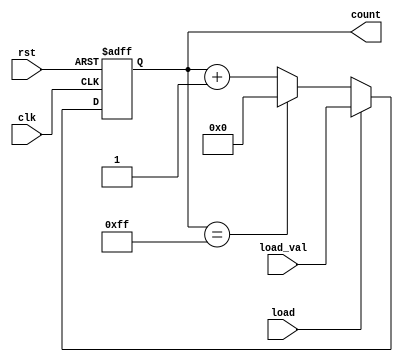
module loadable_counter (
    input wire clk,            // Clock signal
    input wire rst,            // Reset signal (active high)
    input wire load,           // Load signal (active high)
    input wire [7:0] load_val, // Value to load into the counter
    output reg [7:0] count     // Current count value
);

    // Define the maximum and minimum values for the counter
    localparam MAX_COUNT = 8'd255; // Maximum value for an 8-bit counter
    localparam MIN_COUNT = 8'd0;   // Minimum value for the counter

    // Synchronous process for counting and loading
    always @(posedge clk or posedge rst) begin
        if (rst) begin
            // Reset the counter to the minimum value
            count <= MIN_COUNT;
        end else if (load) begin
            // Load the counter with the specified value
            count <= load_val;
        end else begin
            // Increment the counter and wrap around if necessary
            if (count == MAX_COUNT) begin
                count <= MIN_COUNT; // Wrap around to minimum
            end else begin
                count <= count + 1; // Increment the counter
            end
        end
    end

endmodule